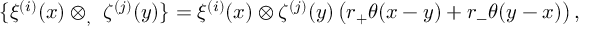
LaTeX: \{ \xi ^ { ( i ) } ( x ) \otimes _ { , } \ \zeta ^ { ( j ) } ( y ) \} = \xi ^ { ( i ) } ( x ) \otimes \zeta ^ { ( j ) } ( y ) \left( r _ { + } \theta ( x - y ) + r _ { - } \theta ( y - x ) \right) ,